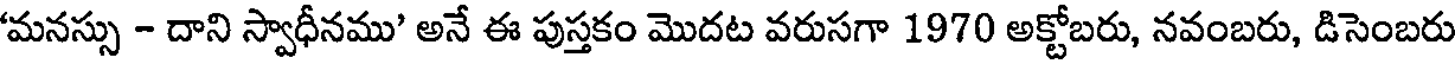
'మనస్సు - దాని స్వాధీనము' అనే ఈ పుస్తకం మొదట వరుసగా 1970 అక్టోబరు, నవంబరు, డిసెంబరు